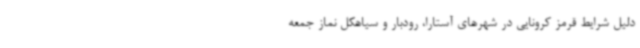
دلیل شرایط قرمز کرونایی در شهرهای آستارا، رودبار و سیاهکل نماز جمعه